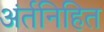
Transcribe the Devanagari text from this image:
अंर्तनिहित